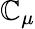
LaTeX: \mathbb{C}_{\mu}